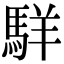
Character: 𩣆